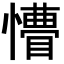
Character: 𭟆